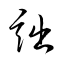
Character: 詘